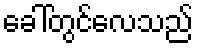
ခေါ်တွင်လေသည်